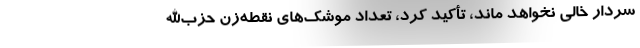
سردار خالی نخواهد ماند، تأکید کرد، تعداد موشک‌های نقطه‌زن حزب‌الله